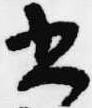
書